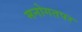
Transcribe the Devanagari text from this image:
मनोगतपर